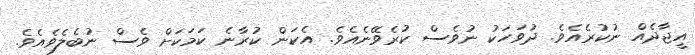
އީޖާދެއް ނުކުރެއެވެ. ދުވަހަކު ނުވެސް ކުރެވޭނެއެވެ. އެކަން ކުރާނެ ކަމަކަށް ވެސް ނުބެލެވެއެވެ.